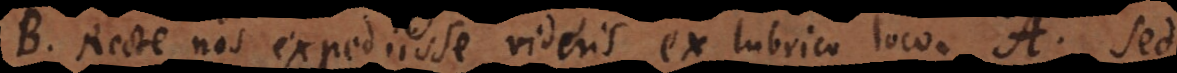
B. Recte nos expediisse videris ex lubrico loco. A. Sed